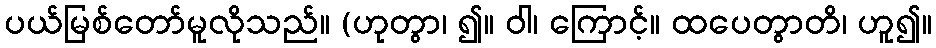
ပယ်မြစ်တော်မူလိုသည်။ (ဟုတွာ၊ ၍။ ဝါ၊ ကြောင့်။ ထပေတွာတိ၊ ဟူ၍။